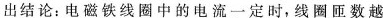
出结论：电磁铁线圈中的电流一定时，线圈匝数越